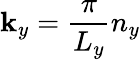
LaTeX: \mathbf{k}_{y}=\frac{{\pi}}{{L_{y}}}n_{y}